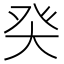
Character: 𰤌